Indian journal of veterinary science and animal husbandry - Volume 14,
Year: 1944
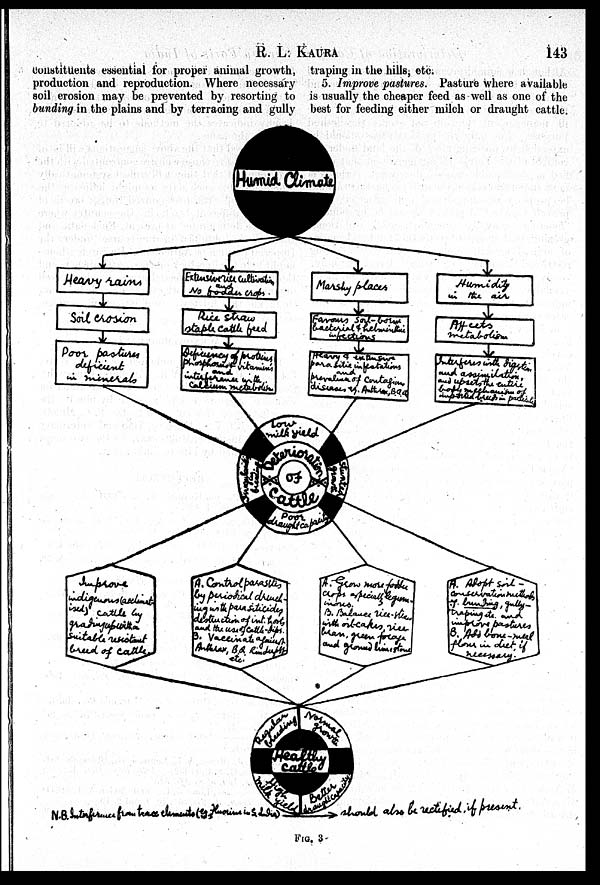
R. L.
KAURA
143
constituents essential for proper animal growth,
production and reproduction. Where necessary
soil erosion may be prevented by resorting to
bunding in the plains and by terracing and gully
traping in the hills, etc.
5. Improve pastures. Pasture where available
is usually the cheaper feed as well as one of the
best for feeding either milch or draught cattle.
FIG. 3